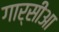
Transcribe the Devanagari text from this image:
गार्सीआ